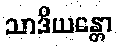
သာဒိယန္တော